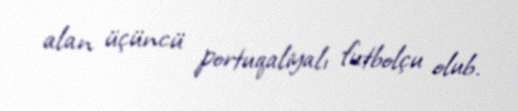
alan üçüncü portuqaliyalı futbolçu olub.